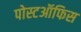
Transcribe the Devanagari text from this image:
पोस्टऑफिस